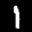
Label: 1